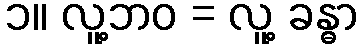
၁။ လူ့ဘဝ = လူ့ ခန္ဓာ